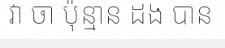
វា ចា ប៉ុន្មាន ដង បាន